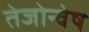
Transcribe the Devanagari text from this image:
तेजोन्वेष